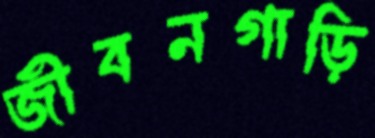
জীবনগাড়ি